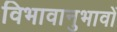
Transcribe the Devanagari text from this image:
विभावानुभावों